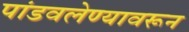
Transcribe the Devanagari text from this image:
पांडवलेण्यावरून